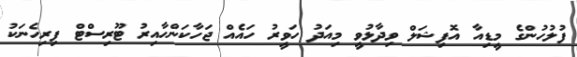
ފުލުހުންގެ މީޑިއާ އޮފިޝަލް ވިދާޅުވީ މިއަދު ހަވީރު ހައެއް ޖަހާކަންހާއިރު ޓޫރިސްޓް ފިރިހެނަކު